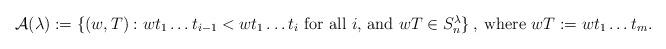
LaTeX: \begin{align*}{\mathcal A}(\lambda):=\{(w,T):\mbox{$wt_1\ldots t_{i-1}<wt_1\ldots t_i$ for all $i$, and $wT\in S_n^\lambda$}\}\,,\;\mbox{where $wT:=wt_1\ldots t_m$}.\end{align*}